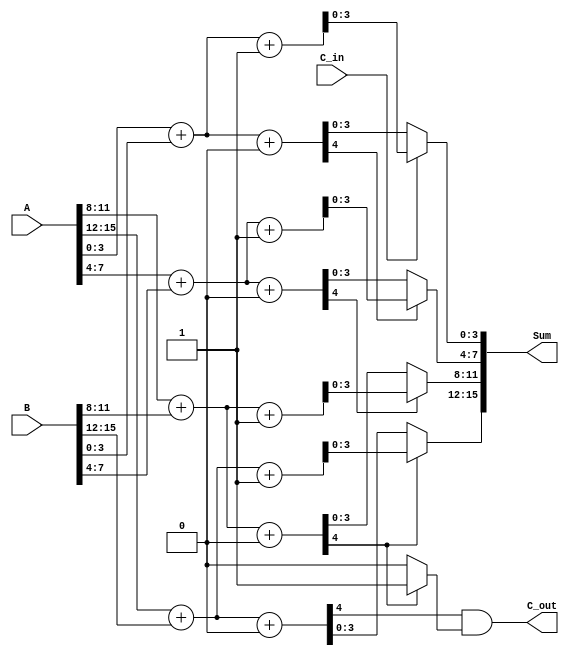
module DynamicCarrySelectAdder(
    input [15:0] A,        // 16-bit input A
    input [15:0] B,        // 16-bit input B
    input C_in,            // Carry-in
    output [15:0] Sum,     // 16-bit sum output
    output C_out           // Carry-out
);

    // Segment size
    localparam SEGMENT_SIZE = 4;
    localparam NUM_SEGMENTS = 16 / SEGMENT_SIZE;

    // Internal signals for carry and sum
    wire [SEGMENT_SIZE-1:0] sum0 [0:NUM_SEGMENTS-1]; // Sum if C_in = 0
    wire [SEGMENT_SIZE-1:0] sum1 [0:NUM_SEGMENTS-1]; // Sum if C_in = 1
    wire C_out_temp [0:NUM_SEGMENTS-1];               // Carry-out for each segment
    wire C_out_final;                                   // Final carry-out selection

    // Generate sums and carry for each segment
    genvar i;
    generate
        for (i = 0; i < NUM_SEGMENTS; i = i + 1) begin : segment
            // Compute sum with C_in = 0
            assign {C_out_temp[i], sum0[i]} = A[i*SEGMENT_SIZE +: SEGMENT_SIZE] + B[i*SEGMENT_SIZE +: SEGMENT_SIZE] + 1'b0;
            // Compute sum with C_in = 1
            assign {C_out_temp[i], sum1[i]} = A[i*SEGMENT_SIZE +: SEGMENT_SIZE] + B[i*SEGMENT_SIZE +: SEGMENT_SIZE] + 1'b1;
        end
    endgenerate

    // Carry select logic
    wire [NUM_SEGMENTS-1:0] carry_select;
    assign carry_select[0] = C_in; // C_in for the first segment

    generate
        for (i = 1; i < NUM_SEGMENTS; i = i + 1) begin : carry_selection
            assign carry_select[i] = C_out_temp[i-1]; // Carry-out from previous segment
        end
    endgenerate

    // Final sum generation
    generate
        for (i = 0; i < NUM_SEGMENTS; i = i + 1) begin : final_sum
            assign Sum[i*SEGMENT_SIZE +: SEGMENT_SIZE] = (carry_select[i] ? sum1[i] : sum0[i]);
        end
    endgenerate

    // Final carry-out
    assign C_out = C_out_temp[NUM_SEGMENTS-1] & (carry_select[NUM_SEGMENTS-1] ? 1'b1 : 1'b0);

endmodule